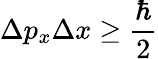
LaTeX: \Delta p_{x}\Delta x\geq{\frac{\hbar}{2}}